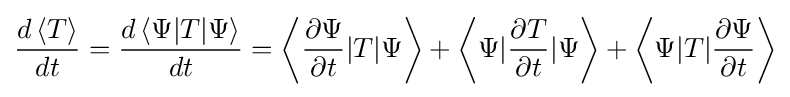
{\frac {d\left\langle T\right\rangle }{dt}}={\frac {d\left\langle \Psi |T|\Psi \right\rangle }{dt}}=\left\langle {\frac {\partial \Psi }{\partial t}}|T|\Psi \right\rangle +\left\langle \Psi |{\frac {\partial T}{\partial t}}|\Psi \right\rangle +\left\langle \Psi |T|{\frac {\partial \Psi }{\partial t}}\right\rangle